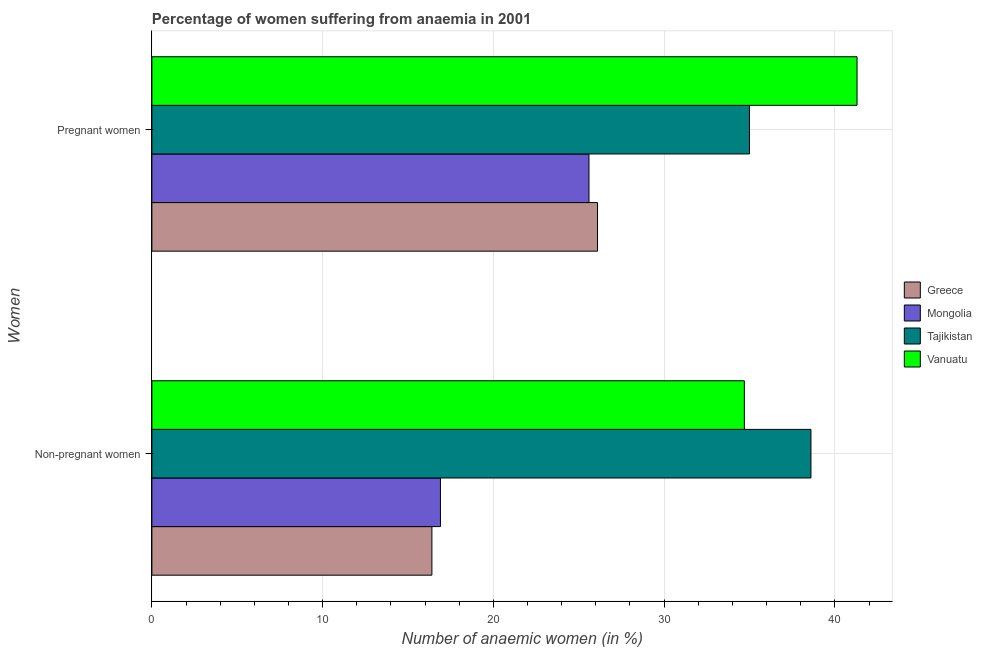
| Women | Greece | Mongolia | Tajikistan | Vanuatu |
 | --- | --- | --- | --- | --- |
 | Non-pregnant women | 16.4 | 16.9 | 38.6 | 34.7 |
 | Pregnant women | 26.1 | 25.6 | 35 | 41.3 |